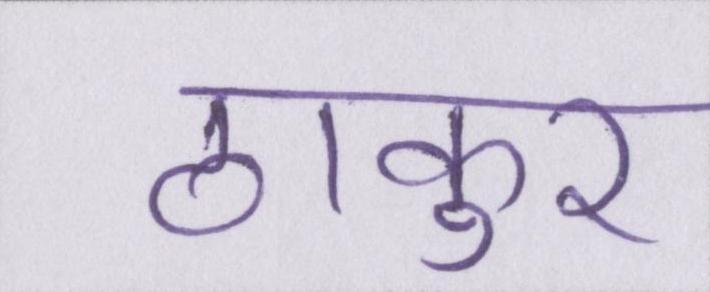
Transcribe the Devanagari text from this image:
ठाकुर